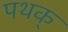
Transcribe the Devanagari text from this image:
पथक्